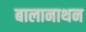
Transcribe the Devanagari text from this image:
बालानाथन